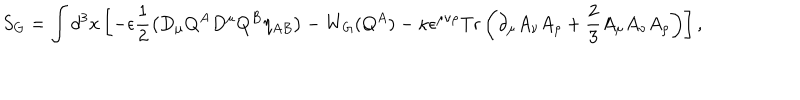
S _ { G } = \int d ^ { 3 } x \left[ - \epsilon \frac { 1 } { 2 } \left( D _ { \mu } Q ^ { A } D ^ { \mu } Q ^ { B } \eta _ { A B } \right) - W _ { G } ( Q ^ { A } ) - \kappa \epsilon ^ { \mu \nu \rho } \mathrm { T r } \left( \partial _ { \mu } A _ { \nu } A _ { \rho } + \frac { 2 } { 3 } A _ { \mu } A _ { \nu } A _ { \rho } \right) \right] ,